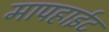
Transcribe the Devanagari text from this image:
मापहाईट